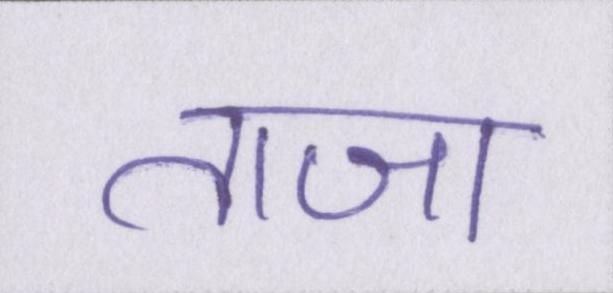
ताजा